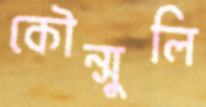
কৌন্সুলি